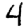
Digit: 4